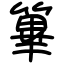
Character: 篳